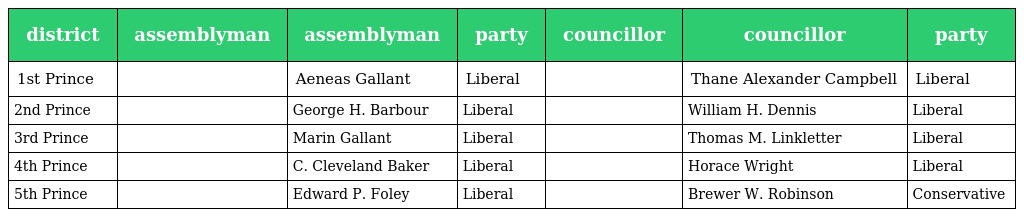
| district | assemblyman | assemblyman | party | councillor | councillor | party |
 | --- | --- | --- | --- | --- | --- | --- |
 | 1st Prince |  | Aeneas Gallant | Liberal |  | Thane Alexander Campbell | Liberal |
 | 2nd Prince |  | George H. Barbour | Liberal |  | William H. Dennis | Liberal |
 | 3rd Prince |  | Marin Gallant | Liberal |  | Thomas M. Linkletter | Liberal |
 | 4th Prince |  | C. Cleveland Baker | Liberal |  | Horace Wright | Liberal |
 | 5th Prince |  | Edward P. Foley | Liberal |  | Brewer W. Robinson | Conservative |